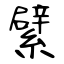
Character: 繴